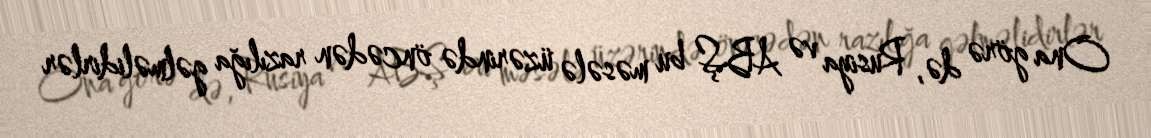
Ona görə də, Rusiya və ABŞ bu məsələ üzərində öncədən razılığa gəlməlidirlər